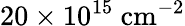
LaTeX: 20\times 10^{15}\ \mathrm{cm^{-2}}